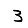
Digit: 3